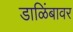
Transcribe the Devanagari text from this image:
डाळिंबावर